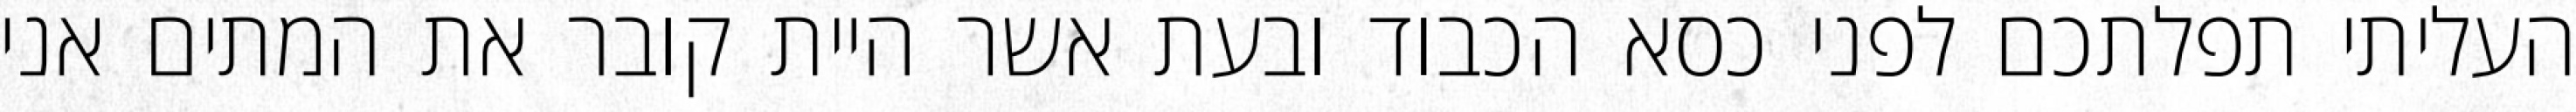
העליתי תפלתכם לפני כסא הכבוד ובעת אשר היית קובר את המתים אני